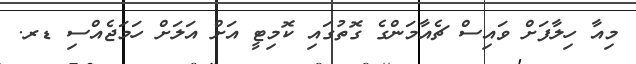
މިއާ ހިލާފަށް ވައިސް ޗެއާމަންގެ ގޮތުގައި ކޮމިޓީ އަށް އަލަށް ހަމަޖެއްސި ޑރ.